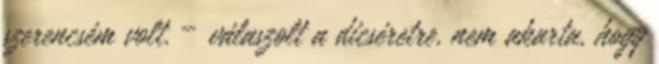
szerencsém volt. – válaszolt a dicséretre, nem akarta, hogy